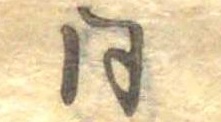
同